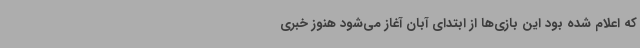
که اعلام شده بود این بازی‌ها از ابتدای آبان آغاز می‌شود هنوز خبری